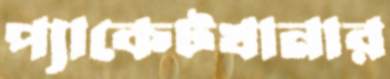
প্যাকেটখানার